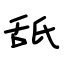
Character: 舐